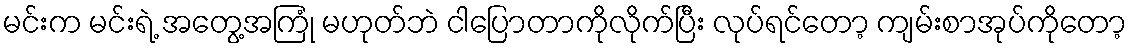
မင်းက မင်းရဲ့ အတွေ့အကြုံ မဟုတ်ဘဲ ငါပြောတာကိုလိုက်ပြီး လုပ်ရင်တော့ ကျမ်းစာအုပ်ကိုတော့